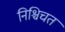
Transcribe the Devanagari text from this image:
निश्चिचत